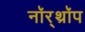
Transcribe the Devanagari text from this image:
नॉर्‌थ्रॉप